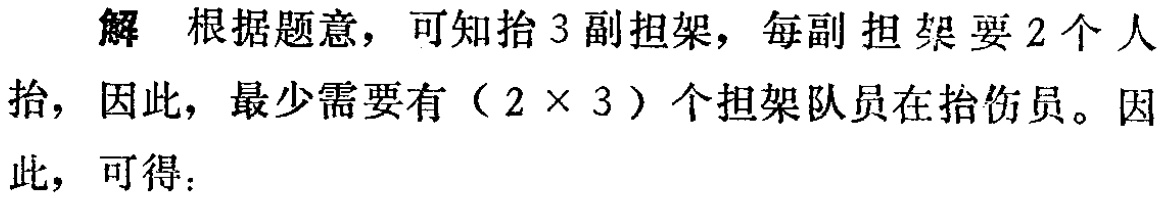
解 根据题意，可知抬3副担架，每副担架要2个人

抬，因此，最少需要有（$2\times 3$）个担架队员在抬伤员。因

此，可得：